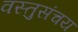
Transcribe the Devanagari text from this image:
वस्तुसंचय